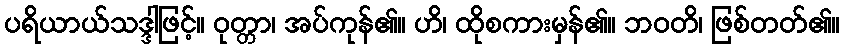
ပရိယာယ်သဒ္ဒါဖြင့်။ ဝုတ္တာ၊ အပ်ကုန်၏။ ဟိ၊ ထိုစကားမှန်၏။ ဘဝတိ၊ ဖြစ်တတ်၏။